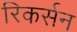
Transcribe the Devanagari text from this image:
रिकर्सन